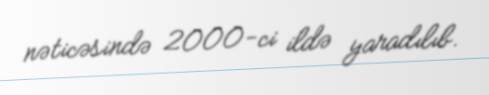
nəticəsində 2000-ci ildə yaradılıb.